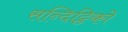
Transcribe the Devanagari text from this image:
सन्दिट्ठिको